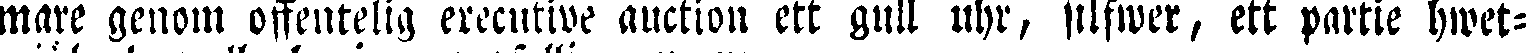
mare genom offentelig executive auction ett gull uhr, silfwer, ett partie hwet-